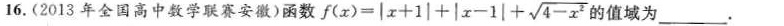
16.(2013年全国高中数学联赛安徽)函数 $$f ( x ) = | x + 1 | + | x - 1 | + \sqrt { 4 - x ^ { 2 } }$$的值域为____。